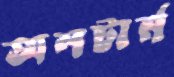
অলটার্ন